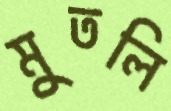
মুতলি